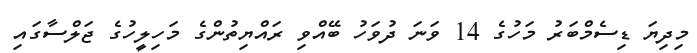
މިދިޔަ ޑިސެމްބަރު މަހުގެ 14 ވަނަ ދުވަހު ބޭއްވި ރައްޔިތުންގެ މަހިލީހުގެ ޖަލްސާގައި